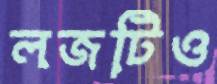
লজটিও